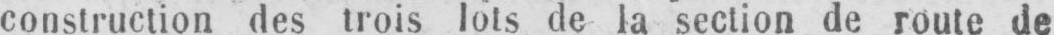
construction des trois lots de la section de route de